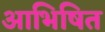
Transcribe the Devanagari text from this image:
आभिषित